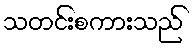
သတင်းစကားသည်